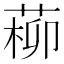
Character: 𦵂